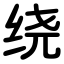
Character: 绕